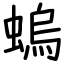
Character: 螐